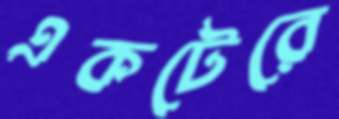
একটেরে